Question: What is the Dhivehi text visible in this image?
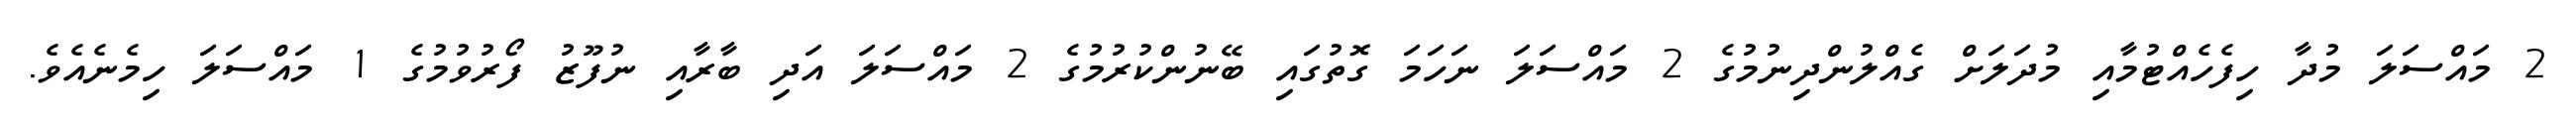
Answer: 2 މައްސަލަ މުދާ ހިފެހެއްޓުމާއި މުދަލަށް ގެއްލުންދިނުމުގެ 2 މައްސަލަ ނަހަމަ ގޮތުގައި ބޭނުންކުރުމުގެ 2 މައްސަލަ އަދި ބާރާއި ނުފޫޒު ފޯރުވުމުގެ 1 މައްސަލަ ހިމެނެއެވެ.